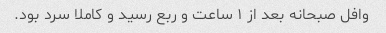
وافل صبحانه بعد از ۱ ساعت و ربع رسید و کاملا سرد بود.